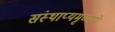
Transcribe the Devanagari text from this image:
संस्थाप्यमृण्मये